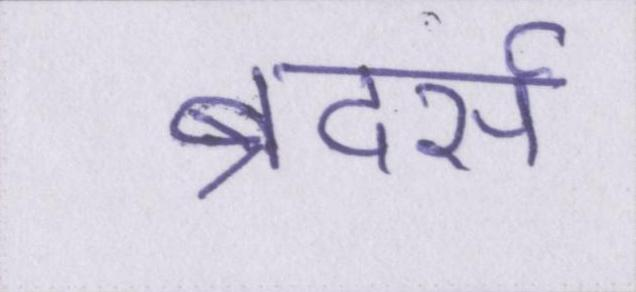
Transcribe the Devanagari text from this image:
ब्रदर्स